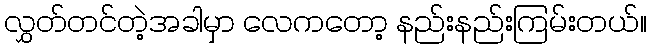
လွှတ်တင်တဲ့အခါမှာ လေကတော့ နည်းနည်းကြမ်းတယ်။